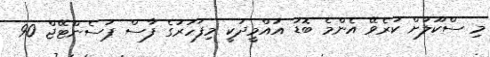
މި ސްކޫލަށް ކުރެވޭ އެެންމެ ބޮޑު އުއްމީދަކީ މިފަހަރުގެ ފާސް ޕަސެންޓޭޖް 90